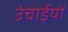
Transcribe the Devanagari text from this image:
उंचाईयों